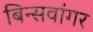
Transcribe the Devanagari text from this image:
बिन्सवांगर